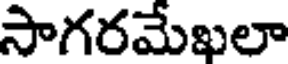
సాగరమేఖలా